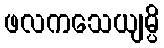
ဖလကသေယျမ္ပိ